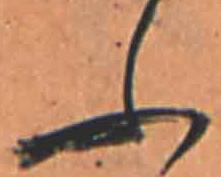
ふ